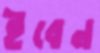
ইবেন